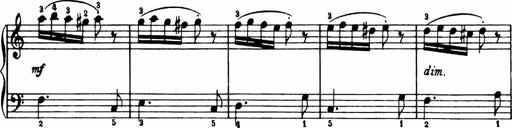
Title: Analytical Sonatinas
Composer: Frank Lynes